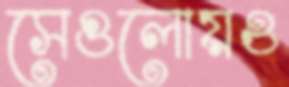
সেগুলোয়ও